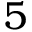
5